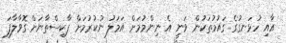
އާއި ހުޅަނގުގެ ގައުމުތަކުން ވަނީ އެ ނިންމުމަށް އަމަލު ނުކުރުމަށް ޕާކިސްތާނަށް ގޮވާލާފަ